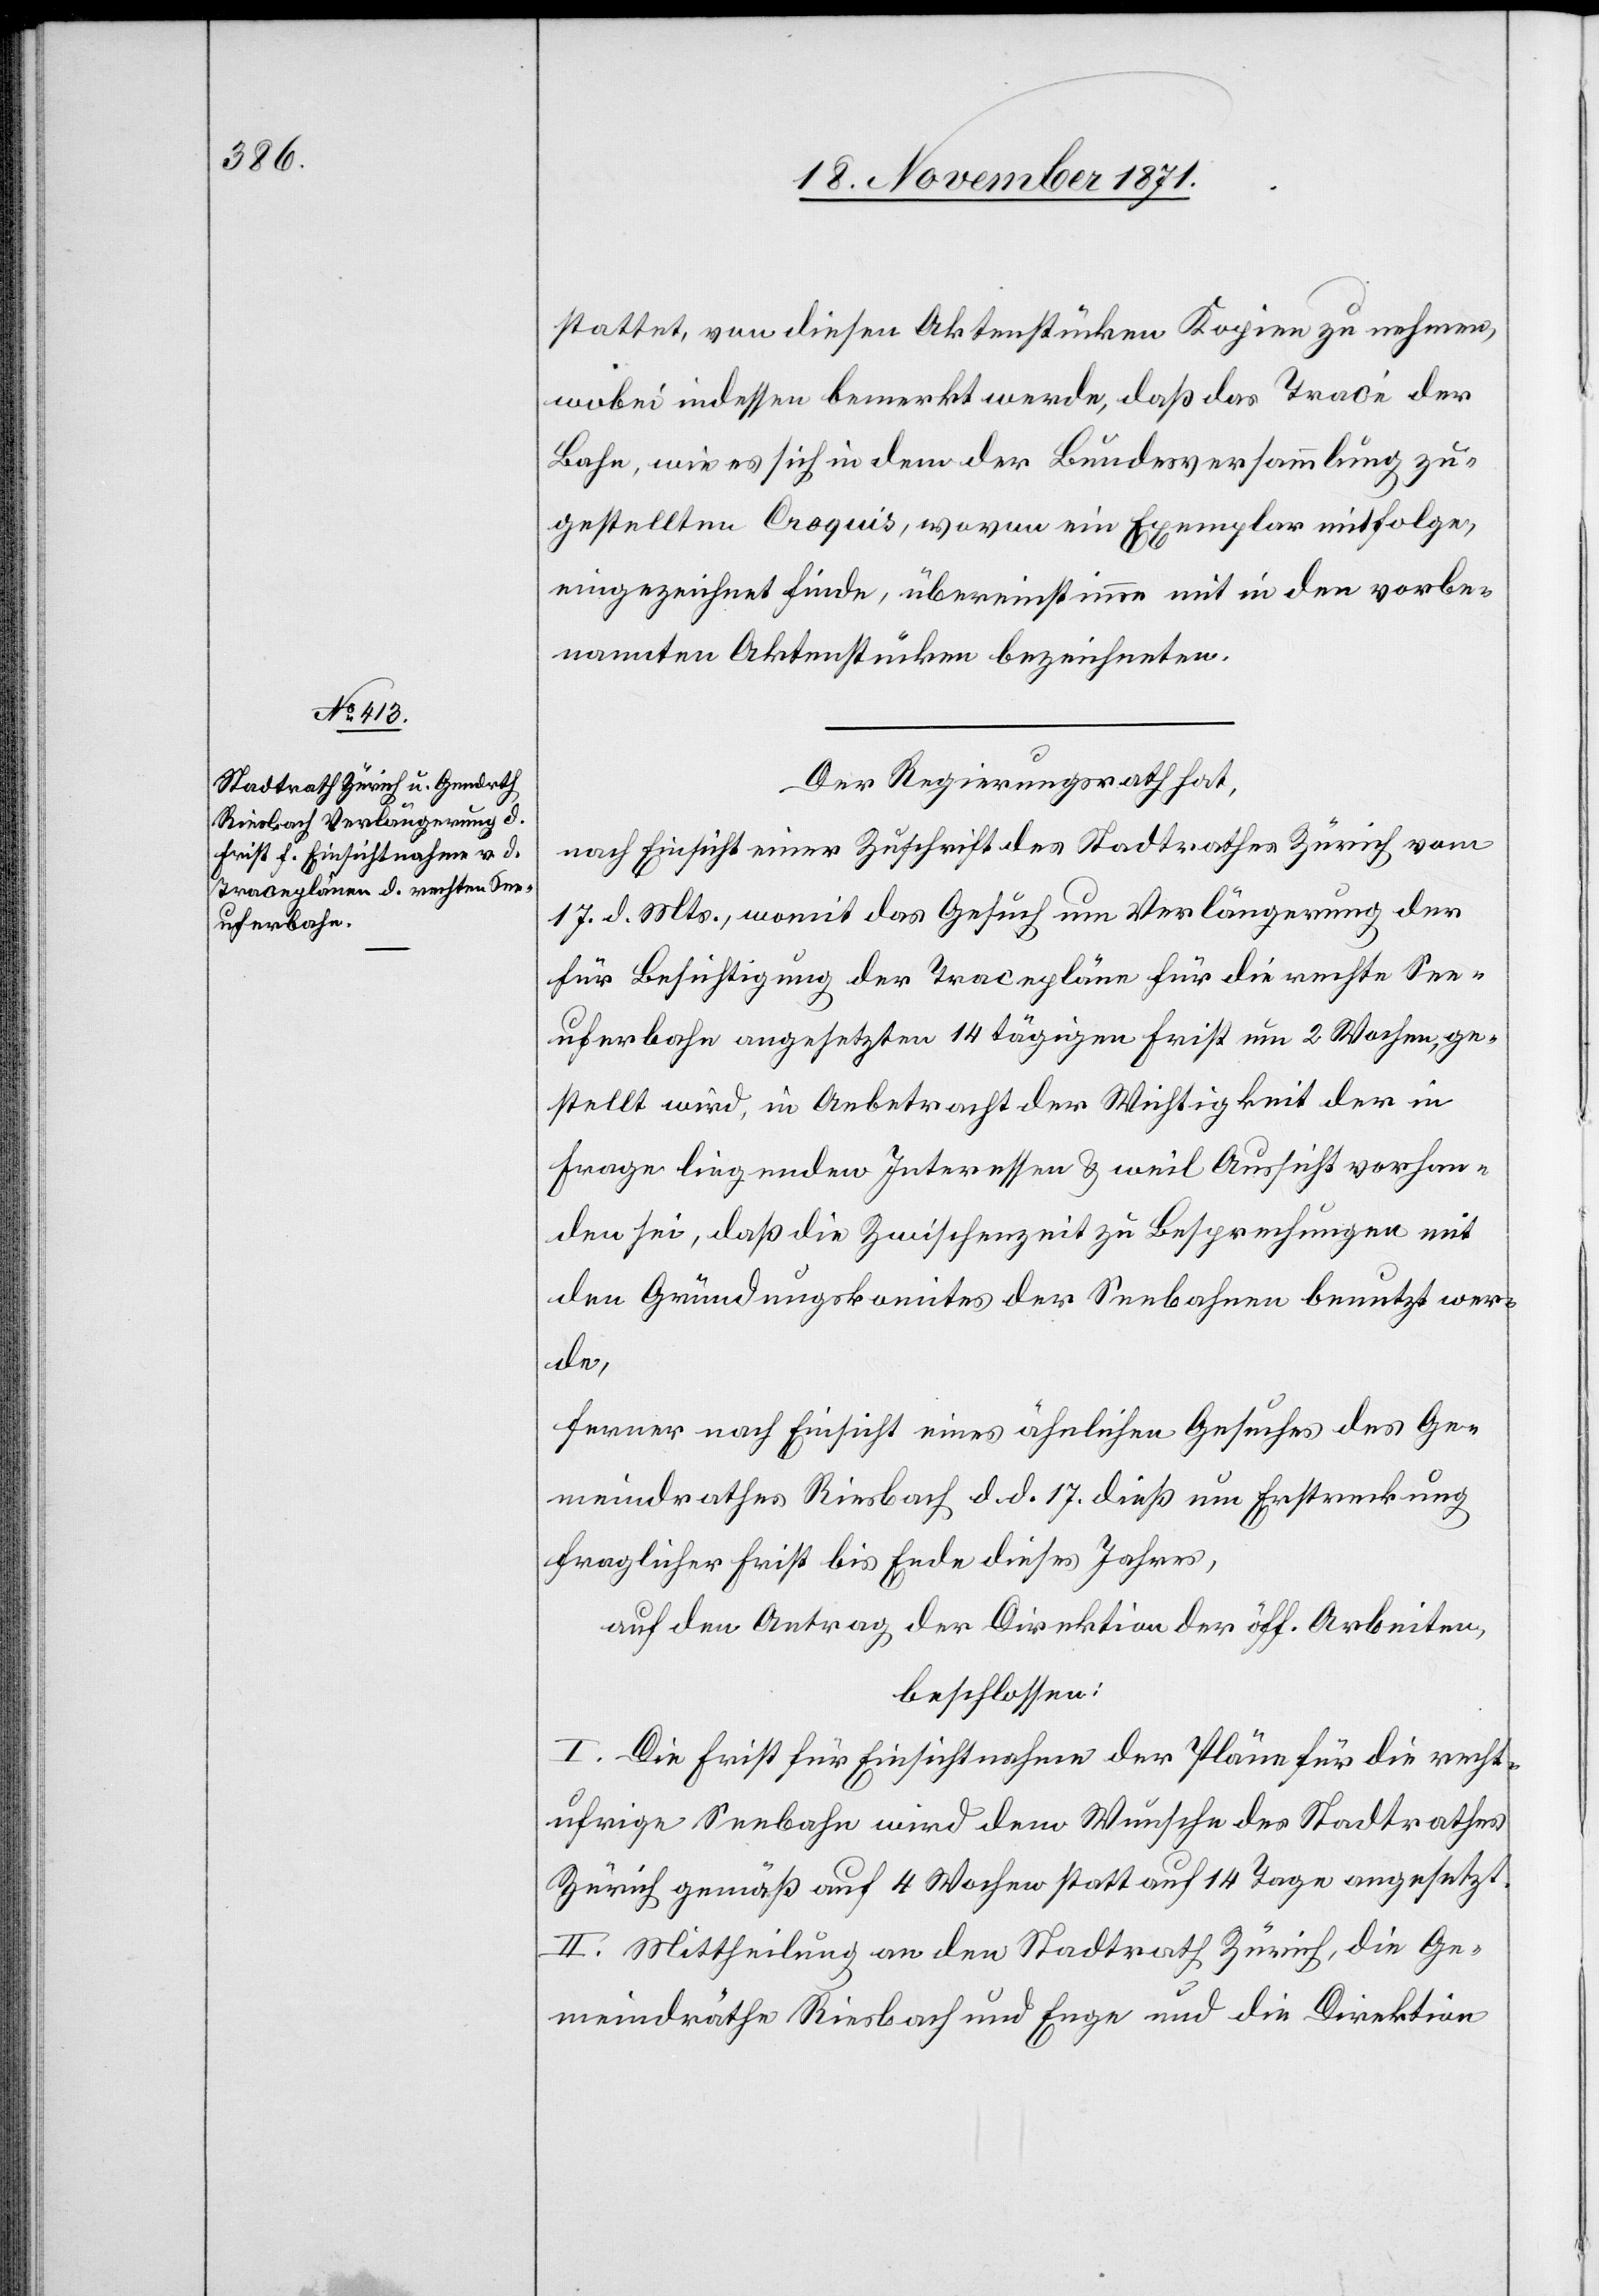
stattet, von diesen Aktenstücken Kopien zu machen,
wobei indessen bemerkt werde, daß das Tracé der
Bahn, wie es sich in dem der Bundesversammlung zu¬
gestellten Croquis, wovon ein Exemplar mitfolge,
eingezeichnet finde, übereinstimme mit in den vorbe¬
nannten Aktenstücken bezeichneten.
Der Regierungsrath hat,
nach Einsicht einer Zuschrift des Stadtrathes Zürich vom
17. d. Mts., womit das Gesuch um Verlängerung der
für Besichtigung der Tracepläne für die rechte See¬
uferbahn angesetzten 14 tägigen Frist um 2 Wochen, ge¬
stellt wird, in Anbetracht der Wichtigkeit der in
Frage liegenden Interessen & weil Aussicht vorhan¬
den sei, daß die Zwischenzeit zu Besprechungen mit
den Gründungskomites der Seebahnen benutzt wer¬
de,
ferner nach Einsicht eines ähnlichen Gesuches des Ge¬
meindrathes Riesbach d. d. 17. dieß um Erstreckung
fraglicher Frist bis Ende dieses Jahres,
auf den Antrag der Direktion der öff. Arbeiten,
beschlossen:
I. Die Frist für Einsichtnahme der Pläne für die recht¬
ufrige Seebahn wird dem Wunsche des Stadtrathes
Zürich gemäß auf 4 Wochen statt auf 14 Tage angesetzt.
II. Mittheilung an den Stadtrath Zürich, die Ge¬
meindräthe Riesbach und Enge und die Direktion